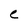
Character: e